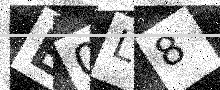
Text: E0L8